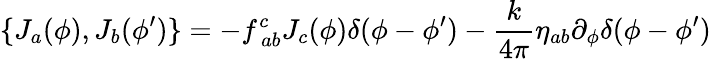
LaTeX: \{ J_{a}(\phi),J_{b}(\phi^{\prime})\} =-f_{~ab}^{c}J_{c}(\phi)\delta(\phi-\phi^{\prime})-\frac{k}{4\pi}\eta_{ab}\partial_{\phi}\delta(\phi-\phi^{\prime})